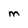
Character: m